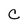
Character: C